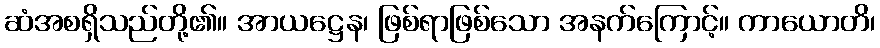
ဆံအစရှိသည်တို့၏။ အာယဋ္ဌေန၊ ဖြစ်ရာဖြစ်သော အနက်ကြောင့်။ ကာယောတိ၊